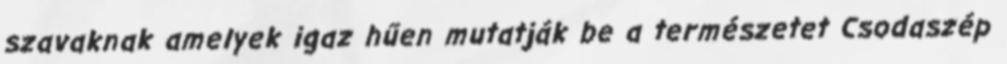
szavaknak amelyek igaz hűen mutatják be a természetet Csodaszép